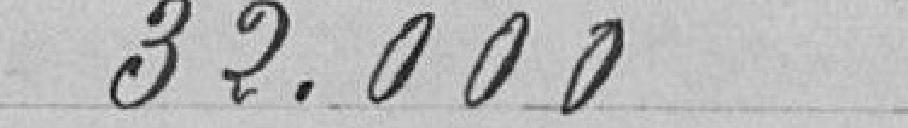
32.000